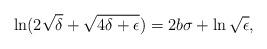
LaTeX: \begin{align*}\ln (2\sqrt{\delta}+\sqrt{4\delta+\epsilon})=2b\sigma+\ln\sqrt{\epsilon},\end{align*}